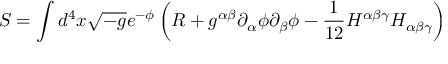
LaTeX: S = \int d ^ { 4 } x \sqrt { - g } e ^ { - \phi } \left( R + g ^ { \alpha \beta } \partial _ { \alpha } \phi \partial _ { \beta } \phi - \frac 1 { 1 2 } H ^ { \alpha \beta \gamma } H _ { \alpha \beta \gamma } \right)